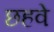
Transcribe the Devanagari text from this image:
छहवे